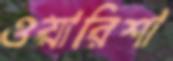
ওয়ারিশা